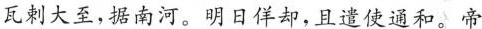
瓦剌大至，据南河。明日件却，且遣使通和。帝